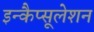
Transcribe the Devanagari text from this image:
इन्कैप्सूलेशन